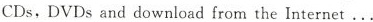
CDs，DVDsand download from the Internet....